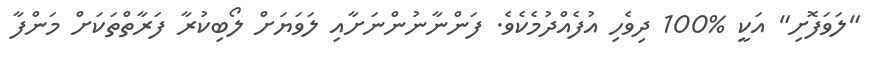
"ލަވަފޮށި" އަކީ %100 ދިވެހި އުފެއްދުމެކެވެ. ފަންނާނުންނަށާއި ލަވަޔަށް ލޯބިކުރާ ފަރާތްތަކަށް މަންފާ